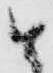
と